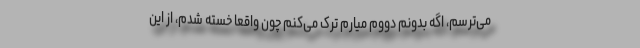
می‌ترسم، اگه بدونم دووم میارم ترک می‌کنم چون واقعا خسته شدم، از این